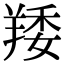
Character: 䍴